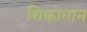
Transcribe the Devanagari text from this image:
शिकोतान